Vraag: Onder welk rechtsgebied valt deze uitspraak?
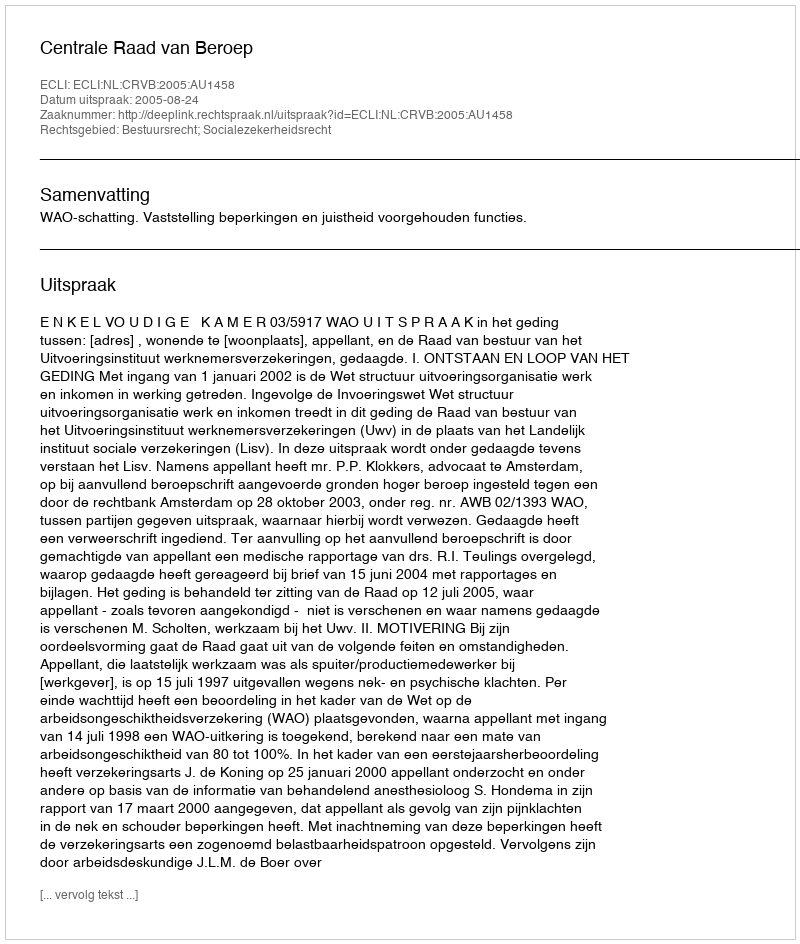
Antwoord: Bestuursrecht; Socialezekerheidsrecht